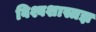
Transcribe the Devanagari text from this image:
विश्वशास्त्रज्ञ